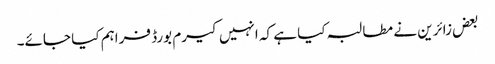
بعض زائرین نے مطالبہ کیا ہے کہ انہیں کیرم بورڈ فراہم کیا جائے۔